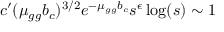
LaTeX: c ^ { \prime } ( \mu _ { g g } b _ { c } ) ^ { 3 / 2 } e ^ { - \mu _ { g g } b _ { c } } s ^ { \epsilon } \log ( s ) \sim 1